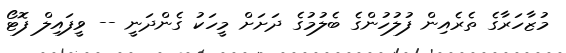
މުޒާހަރާގެ ތެރެއިން ފުލުހުންގެ ބެލުމުގެ ދަށަށް މީހަކު ގެންދަނީ -- ވީފައިލް ފޮޓޯ